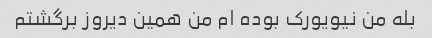
بله من نیویورک بوده ام من همین دیروز برگشتم